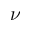
\nu